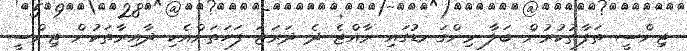
ޖިންސީ ތަފާތުކުރުން ބަލާ މިންގަނޑުގައި ރާއްޖެ ދެ ދަރަޖަ ފަހަތަށްއެކި ދާއިރާތަކުން ޖިންސީ